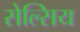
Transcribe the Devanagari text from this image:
सेल्सिय